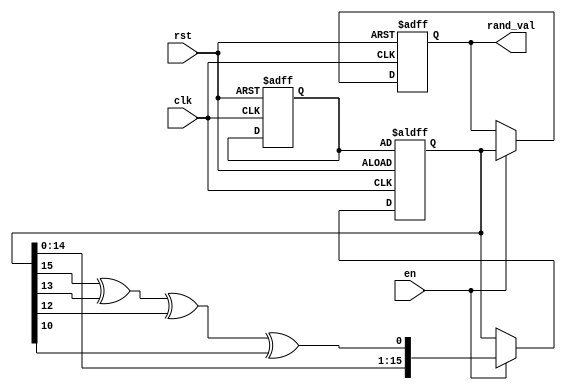
module Random_Initialization (
    input wire clk,          // Clock signal
    input wire rst,          // Asynchronous reset
    input wire en,           // Enable signal
    output reg [15:0] rand_val // Random value output (16-bit)
);

    reg [15:0] seed;         // Seed for the random number generator
    reg [15:0] random_state; // Current state of the random number generator

    // LFSR feedback polynomial: x^16 + x^14 + x^13 + x^11 + 1
    wire feedback = random_state[15] ^ random_state[13] ^ random_state[12] ^ random_state[10];

    always @(posedge clk or posedge rst) begin
        if (rst) begin
            // Reset behavior
            rand_val <= 16'b0; // Initialize output to zero
            seed <= 16'hACE1;  // Initial seed value (can be changed)
            random_state <= seed; // Initialize random state with seed
        end else if (en) begin
            // Random value generation
            random_state <= {random_state[14:0], feedback}; // Shift and feedback
            rand_val <= random_state; // Update output with new random value
        end
    end

endmodule